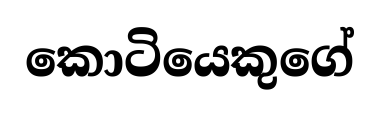
කොටියෙකුගේ